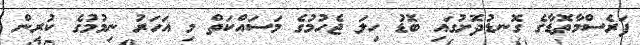
ފަރެސްމާތޮޑާގެ ގޮނޑުދޮށުގައި ބޮޑު ހިލަ ޖެހުމުގެ މަސައްކަތް މި އަހަރު ނިމުމުގެ ކުރިން